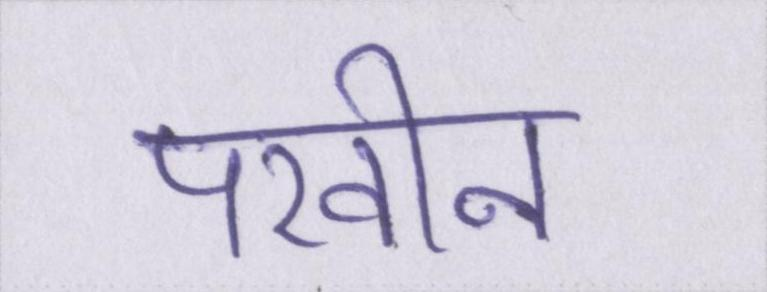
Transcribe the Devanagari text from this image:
परवीन